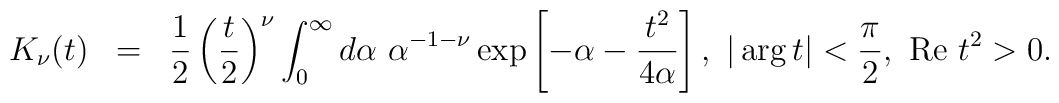
\begin{array}{rcl}K_{\nu}(t)&=&\displaystyle \frac{1}{2}\left(\frac{t}{2}\right)^{\nu}\int_0^{\infty}d\alpha~\alpha^{-1-\nu}\exp\left[-\alpha-\frac{t^2}{4\alpha}\right],~|\arg t|<\frac{\pi}{2},~{\rm Re~}t^2>0.\end{array}